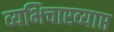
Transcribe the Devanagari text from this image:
व्यभिचारव्याप्त